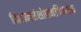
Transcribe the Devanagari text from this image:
विज्ञानसंशोधनविषयक